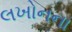
લખોનના